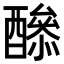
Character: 𨣔